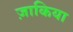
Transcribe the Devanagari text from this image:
ज़ाकिया